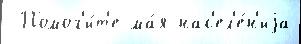
 Помог'и́т'е ма́я нас'ел'е́н'иjа